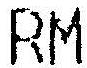
RM